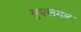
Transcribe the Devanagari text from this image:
गुएलमार